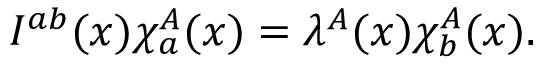
I ^ { a b } ( x ) \chi _ { a } ^ { A } ( x ) = \lambda ^ { A } ( x ) \chi _ { b } ^ { A } ( x ) .